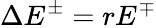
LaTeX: \Delta{E^{\pm}}=rE^{\mp}